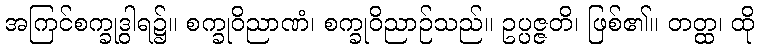
အကြင်စက္ခုဒွါရ၌။ စက္ခုဝိညာဏံ၊ စက္ခုဝိညာဉ်သည်။ ဥပ္ပဇ္ဇတိ၊ ဖြစ်၏။ တတ္ထ၊ ထို